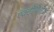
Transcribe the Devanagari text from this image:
एक्टीविटिज